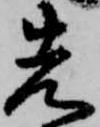
先